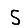
Digit: 5